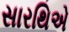
સારથિએ